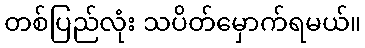
တစ်ပြည်လုံး သပိတ်မှောက်ရမယ်။